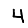
Digit: 4